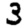
Digit: 3